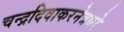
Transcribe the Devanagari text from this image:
चन्द्रदिवाकरनेत्रधरे